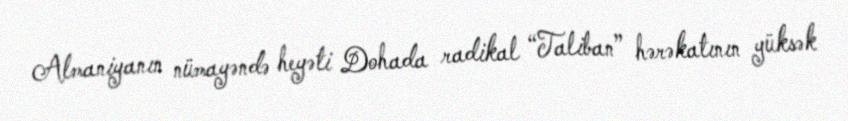
Almaniyanın nümayəndə heyəti Dohada radikal “Taliban” hərəkatının yüksək